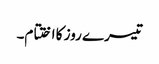
تیسرے روز کا اختتام۔